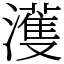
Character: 濩